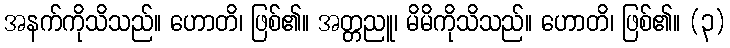
အနက်ကိုသိသည်။ ဟောတိ၊ ဖြစ်၏။ အတ္တညူ၊ မိမိကိုသိသည်။ ဟောတိ၊ ဖြစ်၏။ (၃)